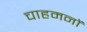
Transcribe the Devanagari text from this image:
चाहमनों